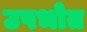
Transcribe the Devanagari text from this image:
उपभोत